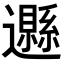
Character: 𨘩